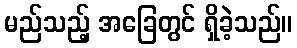
မည်သည့် အခြေတွင် ရှိခဲ့သည်။